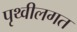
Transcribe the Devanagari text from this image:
पृथ्वीलगत